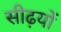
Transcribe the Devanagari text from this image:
सीढ़यों